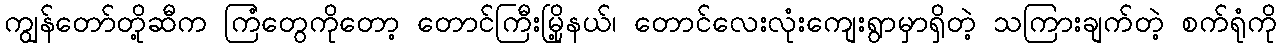
ကျွန်တော်တို့ဆီက ကြံတွေကိုတော့ တောင်ကြီးမြို့နယ်၊ တောင်လေးလုံးကျေးရွာမှာရှိတဲ့ သကြားချက်တဲ့ စက်ရုံကို